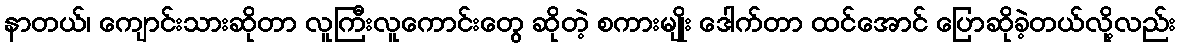
နာတယ်၊ ကျောင်းသားဆိုတာ လူကြီးလူကောင်းတွေ ဆိုတဲ့ စကားမျိုး ဒေါက်တာ ထင်အောင် ပြောဆိုခဲ့တယ်လို့လည်း